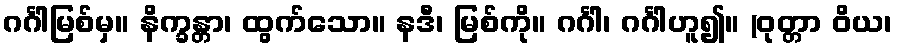
ဂင်္ဂါမြစ်မှ။ နိက္ခန္တာ၊ ထွက်သော။ နဒီ၊ မြစ်ကို။ ဂင်္ဂါ၊ ဂင်္ဂါဟူ၍။ (ဝုတ္တာ ဝိယ၊